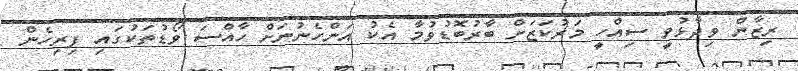
ރިޒާން ވިދާޅުވީ ސިއްހީ މަރުކަޒަށް ބާރުބޮޑުވުމާ އެކު އަންހެނުނަށް ހާއްސަ ވޯޑުތަކުގައި ފިރިހެން